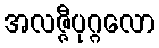
အလဇ္ဇီပုဂ္ဂလော